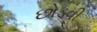
છોડવી